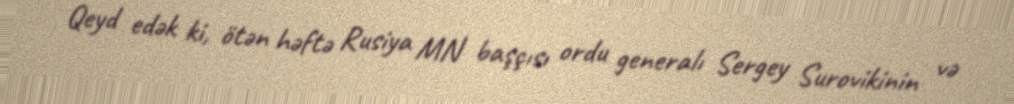
Qeyd edək ki, ötən həftə Rusiya MN başçısı ordu generalı Sergey Surovikinin və